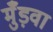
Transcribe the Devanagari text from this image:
मुँड़वा